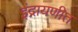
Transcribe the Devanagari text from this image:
इंद्रायणीत